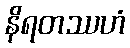
နိရတဿဟံ